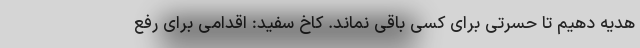
هدیه دهیم تا حسرتی برای کسی باقی نماند. کاخ سفید: اقدامی برای رفع